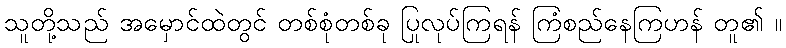
သူတို့သည် အမှောင်ထဲတွင် တစ်စုံတစ်ခု ပြုလုပ်ကြရန် ကြံစည်နေကြဟန် တူ၏ ။